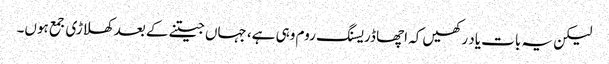
لیکن یہ بات یاد رکھیں کہ اچھا ڈریسنگ روم وہی ہے، جہاں جیتنے کے بعد کھلاڑی جمع ہوں۔